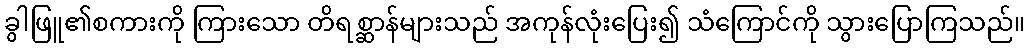
ခွါဖြူ၏စကားကို ကြားသော တိရစ္ဆာန်များသည် အကုန်လုံးပြေး၍ သံကြောင်ကို သွားပြောကြသည်။